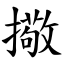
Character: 擏